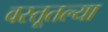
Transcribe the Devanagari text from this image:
वस्तूतल्या